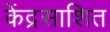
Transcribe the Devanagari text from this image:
केंद्रसाशित